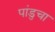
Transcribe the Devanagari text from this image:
पांडुचा